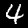
Label: 4